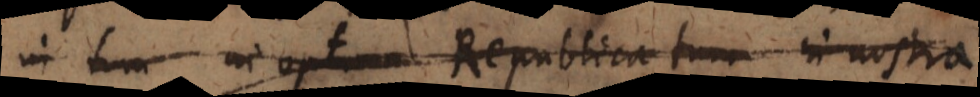
in tum in optima Republica tum in nostra